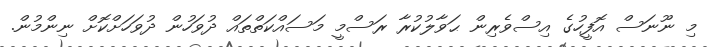
މި ނޫނަސް އޮފީހުގެ އިސްވެރިން ޙަވާލުކުރާ ރަސްމީ މަސައްކަތްތައް ދުވަހުން ދުވަހަށްކޮށް ނިންމުން.